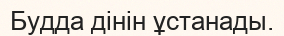
Будда дінін ұстанады.